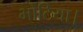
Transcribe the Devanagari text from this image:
भोटिया।